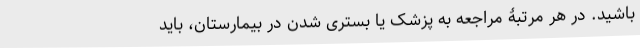
باشید. در هر مرتبۀ مراجعه به پزشک یا بستری شدن در بیمارستان، باید